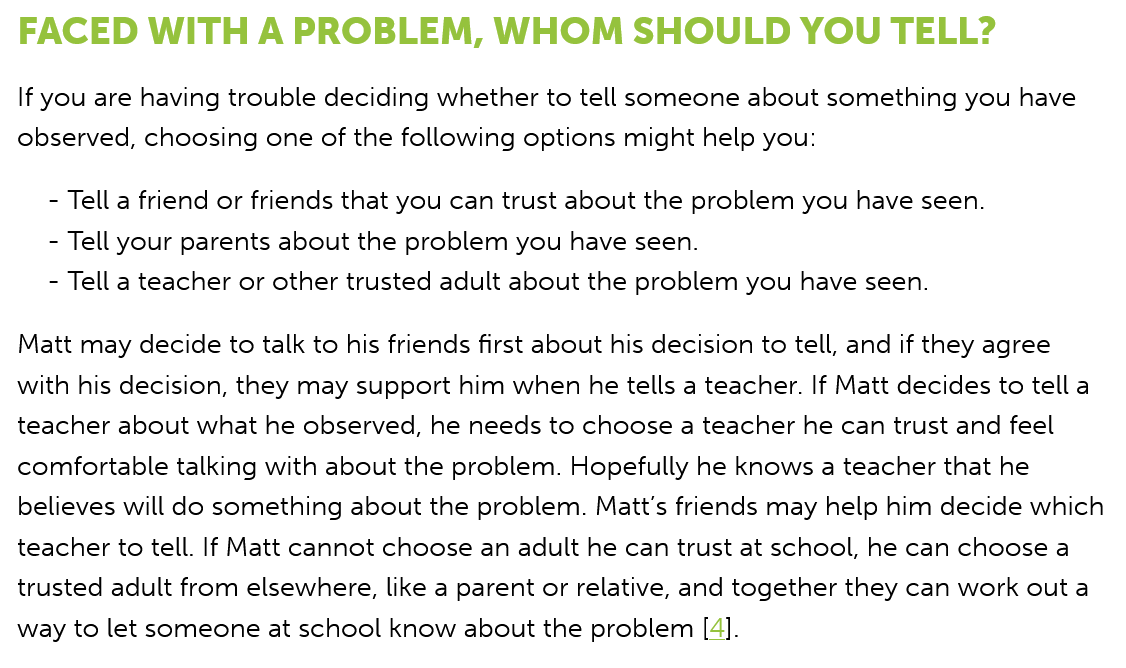
-
     Tell a teacher or other trusted adult about the problem you have seen.
    -
     Tell your parents about the problem you have seen.
    -
     Tell a friend or friends that you can trust about the problem you have seen.
  If you are having trouble deciding whether to tell someone about something you have
  observed, choosing one of the following options might help you:
  FACED    WITH   A  PROBLEM,    WHOM    SHOULD    YOU   TELL?
  Matt may decide to talk to his friends first about his decision to tell, and if they agree
  with his decision, they may support him when he tells a teacher. If Matt decides to tella
  teacher about what he observed, he needs to choose a teacher he can trust and feel
  comfortable talking with about the problem. Hopefully he knows a teacher that he
  believes will do something about the problem. Matt's friends may help him decide which
  teacher to tell. If Matt cannot choose an adult he can trust at school, he can choose a
  trusted adult from elsewhere, like a parent or relative, and together they can work out a
  way to let someone at school know about the problem [4].